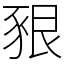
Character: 豤